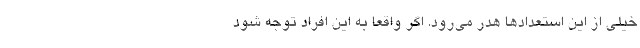
خیلی از این استعدادها هدر می‌رود. اگر واقعا به این افراد توجه شود